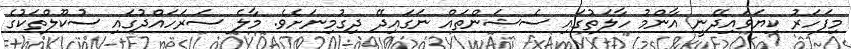
މިފަހަރު ކިޔަވައިދޭނީ އާންމު ހާލަތުގައި ސެޝަންތައް ނަގައިދޭ ދިގުމިނަށެވެ. މާލެ ސަރަހައްދުގައި ސުކޫލްތަކުގެ